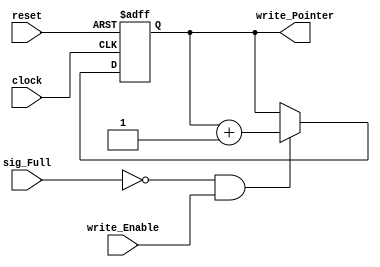
module Write_Interface(
    clock,
    reset,
    write_Enable,
    sig_Full,
    write_Pointer
    );

    parameter BUFFER_WIDTH = 3;
    input clock;
    input reset;
    input write_Enable;
    input sig_Full;
    output [BUFFER_WIDTH-1:0] write_Pointer;
    
    reg [BUFFER_WIDTH-1:0] write_Pointer;  
    wire fifo_Write_Enable;

    assign fifo_Write_Enable = (~sig_Full) & write_Enable;  
    always @(posedge clock or negedge reset) begin  
        if(~reset)
            write_Pointer <= 0;  
        else if(fifo_Write_Enable)  
            write_Pointer <= write_Pointer + 1;     
    end 

endmodule